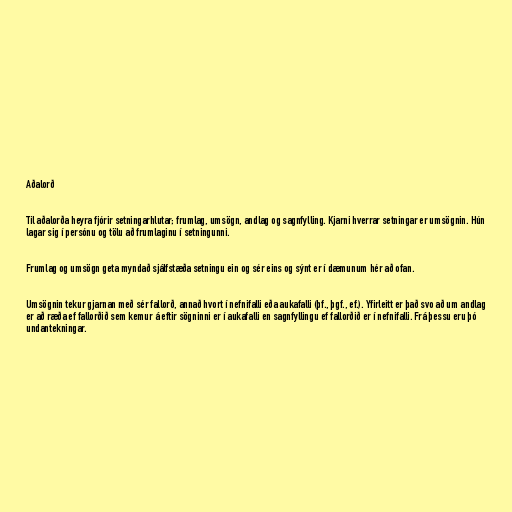
Aðalorð

Til aðalorða heyra fjórir setningarhlutar; frumlag, umsögn, andlag og sagnfylling. Kjarni hverrar setningar er umsögnin. Hún
lagar sig í persónu og tölu að frumlaginu í setningunni.

Frumlag og umsögn geta myndað sjálfstæða setningu ein og sér eins og sýnt er í dæmunum hér að ofan.

Umsögnin tekur gjarnan með sér fallorð, annað hvort í nefnifalli eða aukafalli (þf., þgf., ef.). Yfirleitt er það svo að um andlag
er að ræða ef fallorðið sem kemur á eftir sögninni er í aukafalli en sagnfyllingu ef fallorðið er í nefnifalli. Frá þessu eru þó
undantekningar.